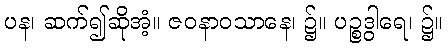
ပန၊ ဆက်၍ဆိုအံ့။ ဇဝနာဝသာနေ၊ ၌။ ပဉ္စဒွါရေ၊ ၌။